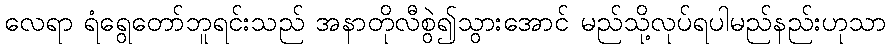
လေရာ ရံရွေတော်ဘူရင်းသည် အနာတိုလီစွဲ၍သွားအောင် မည်သို့လုပ်ရပါမည်နည်းဟုသာ